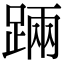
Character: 䠃